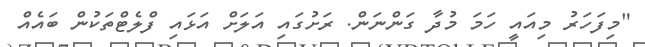
"މިފަހަރު މިއައީ ހަމަ މުދާ ގަންނަން. ރަށުގައި އަލަށް އަޅައި ފްލެޓްތަކުން ބައެއް